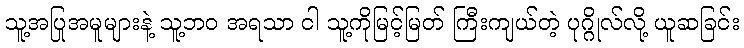
သူ့အပြုအမူများနဲ့ သူ့ဘဝ အရသာ ငါ သူ့ကိုမြင့်မြတ် ကြီးကျယ်တဲ့ ပုဂ္ဂိုလ်လို့ ယူဆခြင်း